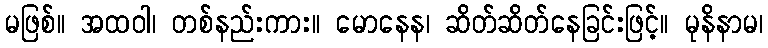
မဖြစ်။ အထဝါ၊ တစ်နည်းကား။ မောနေန၊ ဆိတ်ဆိတ်နေခြင်းဖြင့်။ မုနိနာမ၊